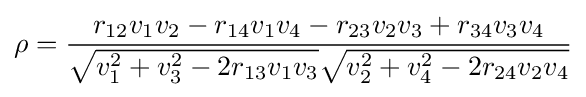
\rho ={\frac {r_{12}v_{1}v_{2}-r_{14}v_{1}v_{4}-r_{23}v_{2}v_{3}+r_{34}v_{3}v_{4}}{{\sqrt {v_{1}^{2}+v_{3}^{2}-2r_{13}v_{1}v_{3}}}{\sqrt {v_{2}^{2}+v_{4}^{2}-2r_{24}v_{2}v_{4}}}}}